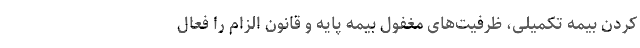
کردنِ بیمه تکمیلی، ظرفیت‌های مغفول بیمه پایه و قانون الزام را فعال